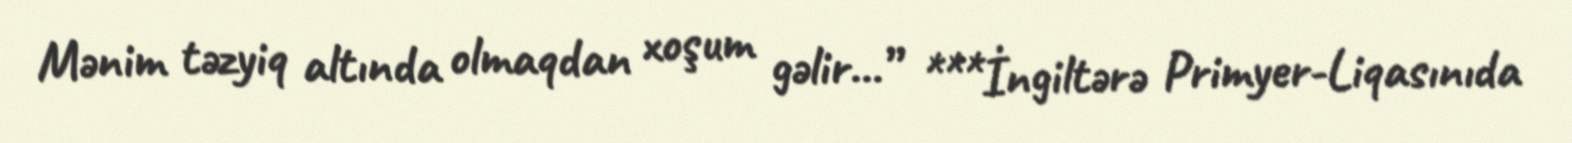
Mənim təzyiq altında olmaqdan xoşum gəlir...” ***İngiltərə Primyer-Liqasınıda